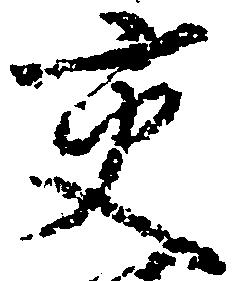
交